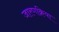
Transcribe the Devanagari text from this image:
जारणक्रिया